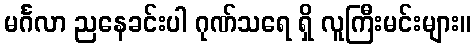
မင်္ဂလာ ညနေခင်းပါ ဂုဏ်သရေ ရှိ လူကြီးမင်းများ။